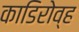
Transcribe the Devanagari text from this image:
काडिरोव्ह